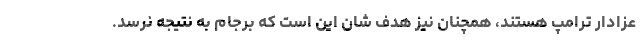
عزادار ترامپ هستند، همچنان نیز هدف شان این است که برجام به نتیجه نرسد.